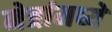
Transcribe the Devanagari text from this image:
नेत्रांमध्ये